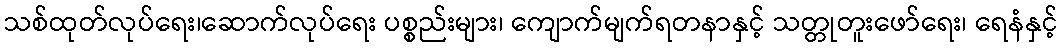
သစ်ထုတ်လုပ်ရေး၊ဆောက်လုပ်ရေး ပစ္စည်းများ၊ ကျောက်မျက်ရတနာနှင့် သတ္တုတူးဖော်ရေး၊ ရေနံနှင့်